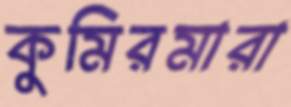
কুমিরমারা